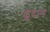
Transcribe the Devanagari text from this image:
कूदान